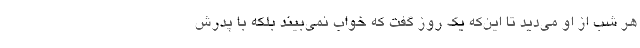
هر شب از او می‌دید تا این‌که یک روز گفت که خواب نمی‌بیند بلکه با پدرش